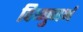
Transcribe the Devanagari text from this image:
विष्णुगर्भ